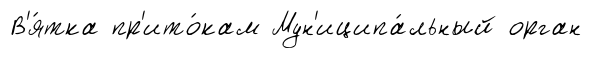
В'я́тка пр'ито́кам Мун'иципа́льный орган